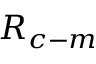
R _ { c - m }